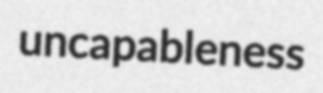
uncapableness